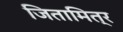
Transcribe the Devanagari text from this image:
जितामित्र